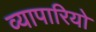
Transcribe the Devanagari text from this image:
व्यापारियो